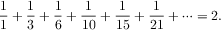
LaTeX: { \frac { 1 } { 1 } } + { \frac { 1 } { 3 } } + { \frac { 1 } { 6 } } + { \frac { 1 } { 1 0 } } + { \frac { 1 } { 1 5 } } + { \frac { 1 } { 2 1 } } + \cdots = 2 .